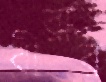
বীরার